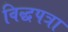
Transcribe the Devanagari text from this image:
विद्धपत्रा